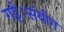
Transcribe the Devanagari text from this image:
गई।संयोग